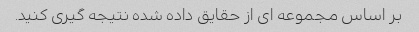
بر اساس مجموعه ای از حقایق داده شده نتیجه گیری کنید.